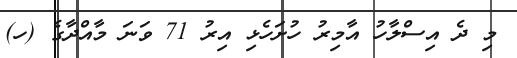
މި ދެ އިސްލާހު އާމިރު ހުށަހެޅި އިރު 71 ވަނަ މާއްދާގެ (ހ)